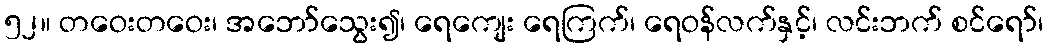
၅၂။ တဝေးတဝေး၊ အဘော်သွေး၍၊ ရေကျေး ရေကြက်၊ ရေဝန်လက်နှင့်၊ လင်းဘက် စင်ရော်၊